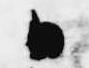
日